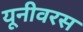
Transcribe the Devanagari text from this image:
यूनीवरस